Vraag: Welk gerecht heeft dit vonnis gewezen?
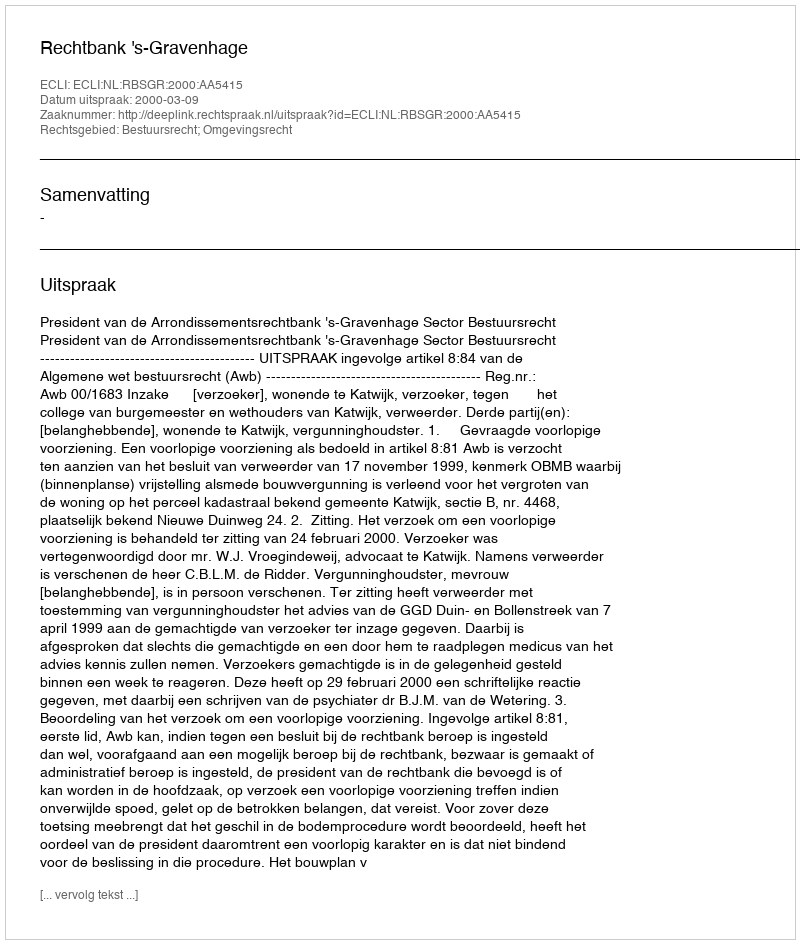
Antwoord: Rechtbank 's-Gravenhage